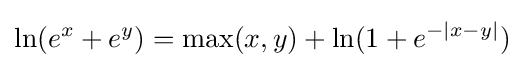
\ln(e^{x}+e^{y})=\max(x,y)+\ln(1+e^{-|x-y|})